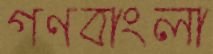
গণবাংলা